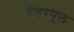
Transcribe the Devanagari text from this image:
वेंडरपूल